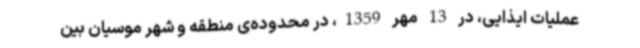
عملیات ایذایی، در 13 مهر 1359، در محدوده‌ی منطقه و شهر موسیان بین